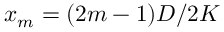
x _ { m } = { ( 2 m - 1 ) D } / { 2 K }